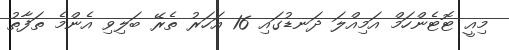
މިއީ ޓޮޓެންހަމް އަމިއްލަ ދަނޑުގައި 16 އަހަރު ތެރޭ ބަލިވި އެންމެ ތަފާތު